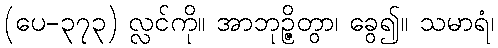
(ပေ-၃၇၃) လ္လင်ကို။ အာဘုဉ္ဇိတွာ၊ ခွေ၍။ သမာရံ၊